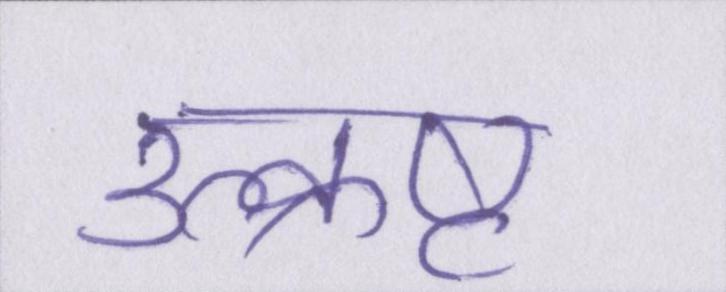
उत्क्रष्ट